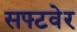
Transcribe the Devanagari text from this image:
सफ्टवेर